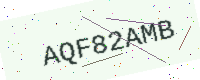
Text: AQF82AMB